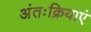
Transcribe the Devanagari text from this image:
अंतःक्रियाएं